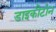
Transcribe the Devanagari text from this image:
डाइकीटोन